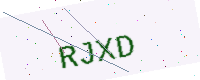
Text: RJXD